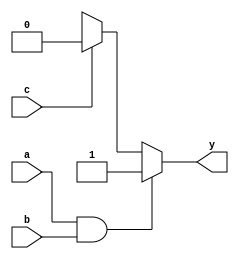
module combinational_logic (
    input wire a,        // Input signal a
    input wire b,        // Input signal b
    input wire c,        // Input signal c
    output reg y         // Output signal y
);

    // Combinational logic block
    always @(*) begin
        // Compute output based on the inputs using logical operations
        if (a && b) begin
            y = 1; // Set y to 1 if both a and b are true
        end else if (c) begin
            y = 0; // If c is true, set y to 0
        end else begin
            y = 1'bx; // If none of the conditions are met, assign undefined state
        end
    end

endmodule